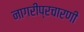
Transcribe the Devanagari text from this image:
नागरीप्रचारणी